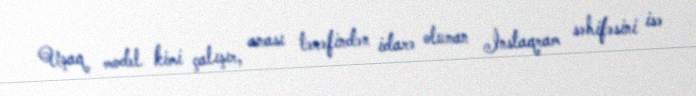
Uşaq model kimi çalışır, anası tərəfindən idarə olunan İnstaqram səhifəsini isə